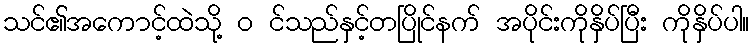
သင်၏အကောင့်ထဲသို့ ၀ င်သည်နှင့်တပြိုင်နက် အပိုင်းကိုနှိပ်ပြီး ကိုနှိပ်ပါ။